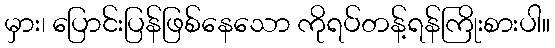
မှား၊ ပြောင်းပြန်ဖြစ်နေသော ကိုရပ်တန့်ရန်ကြိုးစားပါ။